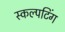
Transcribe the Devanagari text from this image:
स्कल्पटिंग